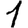
Digit: 1